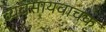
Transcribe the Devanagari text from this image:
व्यवसायवाचक